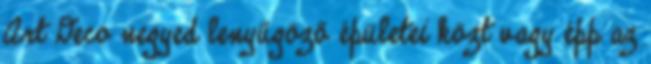
Art Deco negyed lenyűgöző épületei közt vagy épp az